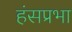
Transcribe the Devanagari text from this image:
हंसप्रभा